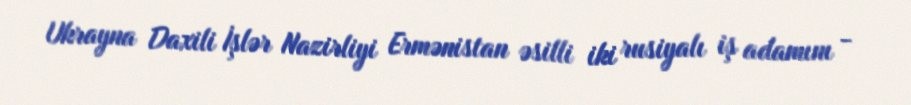
Ukrayna Daxili İşlər Nazirliyi Ermənistan əsilli iki rusiyalı iş adamını -